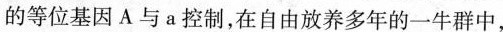
的等位基因A与a控制，在自由放养多年的一牛群中，